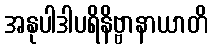
အနုပါဒါပရိနိဗ္ဗာနာယာတိ